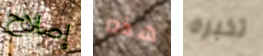
إصلاح هذه تخبره